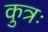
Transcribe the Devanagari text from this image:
कुत्रः